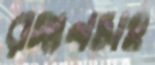
রঙ্গনসহ